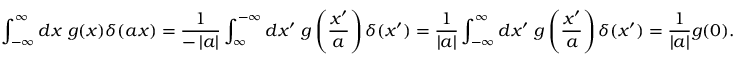
\int _ { - \infty } ^ { \infty } d x \ g ( x ) \delta ( a x ) = { \frac { 1 } { - \left\vert a \right\vert } } \int _ { \infty } ^ { - \infty } d x ^ { \prime } \ g \left( { \frac { x ^ { \prime } } { a } } \right) \delta ( x ^ { \prime } ) = { \frac { 1 } { \left\vert a \right\vert } } \int _ { - \infty } ^ { \infty } d x ^ { \prime } \ g \left( { \frac { x ^ { \prime } } { a } } \right) \delta ( x ^ { \prime } ) = { \frac { 1 } { \left\vert a \right\vert } } g ( 0 ) .